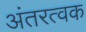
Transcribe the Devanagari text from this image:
अंतरत्‍वक